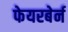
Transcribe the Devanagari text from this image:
फेयरबेर्न